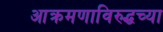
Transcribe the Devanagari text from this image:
आक्रमणाविरुद्धच्या